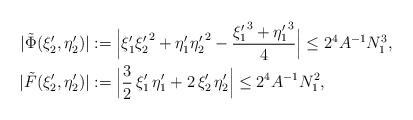
LaTeX: \begin{align*}|\tilde{\Phi} (\xi_2' ,\eta_2')| & := \Bigl| \xi_1' {\xi_2'}^2 + \eta_1' {\eta_2'}^2 - \frac{{\xi_1'}^3 + {\eta_1'}^3}{4} \Bigr|\leq 2^4 A^{-1} N_1^3 , \\|\tilde{F} (\xi_2' ,\eta_2')| & := \Bigl| \frac{3}{2} \, \xi_1' \, \eta_1' + 2 \, \xi_2' \, \eta_2' \Bigr|\leq 2^4 A^{-1} N_1^2,\end{align*}